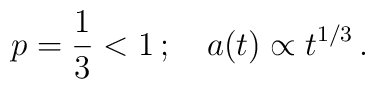
p =\frac{1}{3} < 1\,; ~~~a(t) \propto t^{1/3}\,.